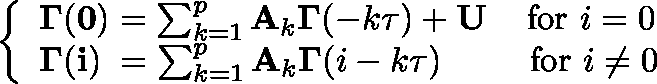
\left\{ \begin{array} { l } { \mathbf { \Gamma } ( \mathbf { 0 } ) = \sum _ { k = 1 } ^ { p } \mathbf { A } _ { k } \mathbf { \Gamma } ( - k \tau ) + \mathbf { U } \; \; \; \mathrm { ~ f o r ~ } i = 0 } \\ { \mathbf { \Gamma } ( \mathbf { i } ) \; = \sum _ { k = 1 } ^ { p } \mathbf { A } _ { k } \mathbf { \Gamma } ( i - k \tau ) \; \; \; \; \; \; \; \; \mathrm { ~ f o r ~ } i \neq 0 } \end{array} \right.